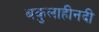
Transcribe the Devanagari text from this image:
बकुलाहीनदी